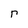
Character: r